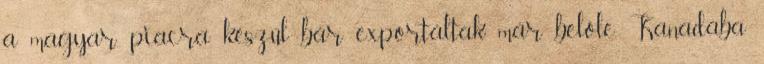
a magyar piacra készül bár exportáltak már belőle Kanadába